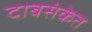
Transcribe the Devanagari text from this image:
दाबसंकेत